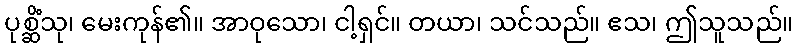
ပုစ္ဆိံသု၊ မေးကုန်၏။ အာဝုသော၊ ငါ့ရှင်။ တယာ၊ သင်သည်။ ဧသ၊ ဤသူသည်။